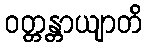
ဝတ္တန္တာယျာတိ